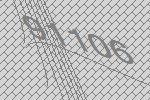
91106